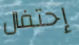
إحتفال